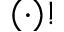
\left( \cdot \right) !